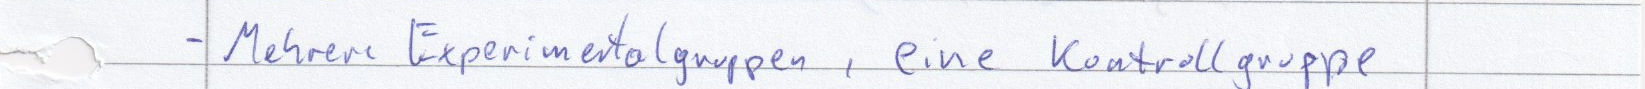
- Mehrere Experimentalgruppen, eine Kontrollgruppe